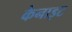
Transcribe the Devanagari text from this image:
केनाइट